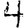
Digit: 4